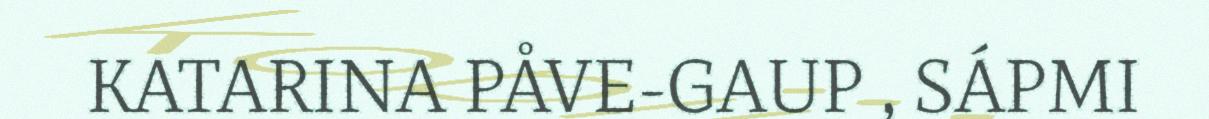
KATARINA PÅVE-GAUP , SÁPMI